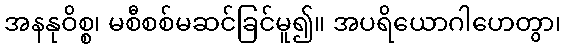
အနနုဝိစ္စ၊ မစီစစ်မဆင်ခြင်မူ၍။ အပရိယောဂါဟေတွာ၊